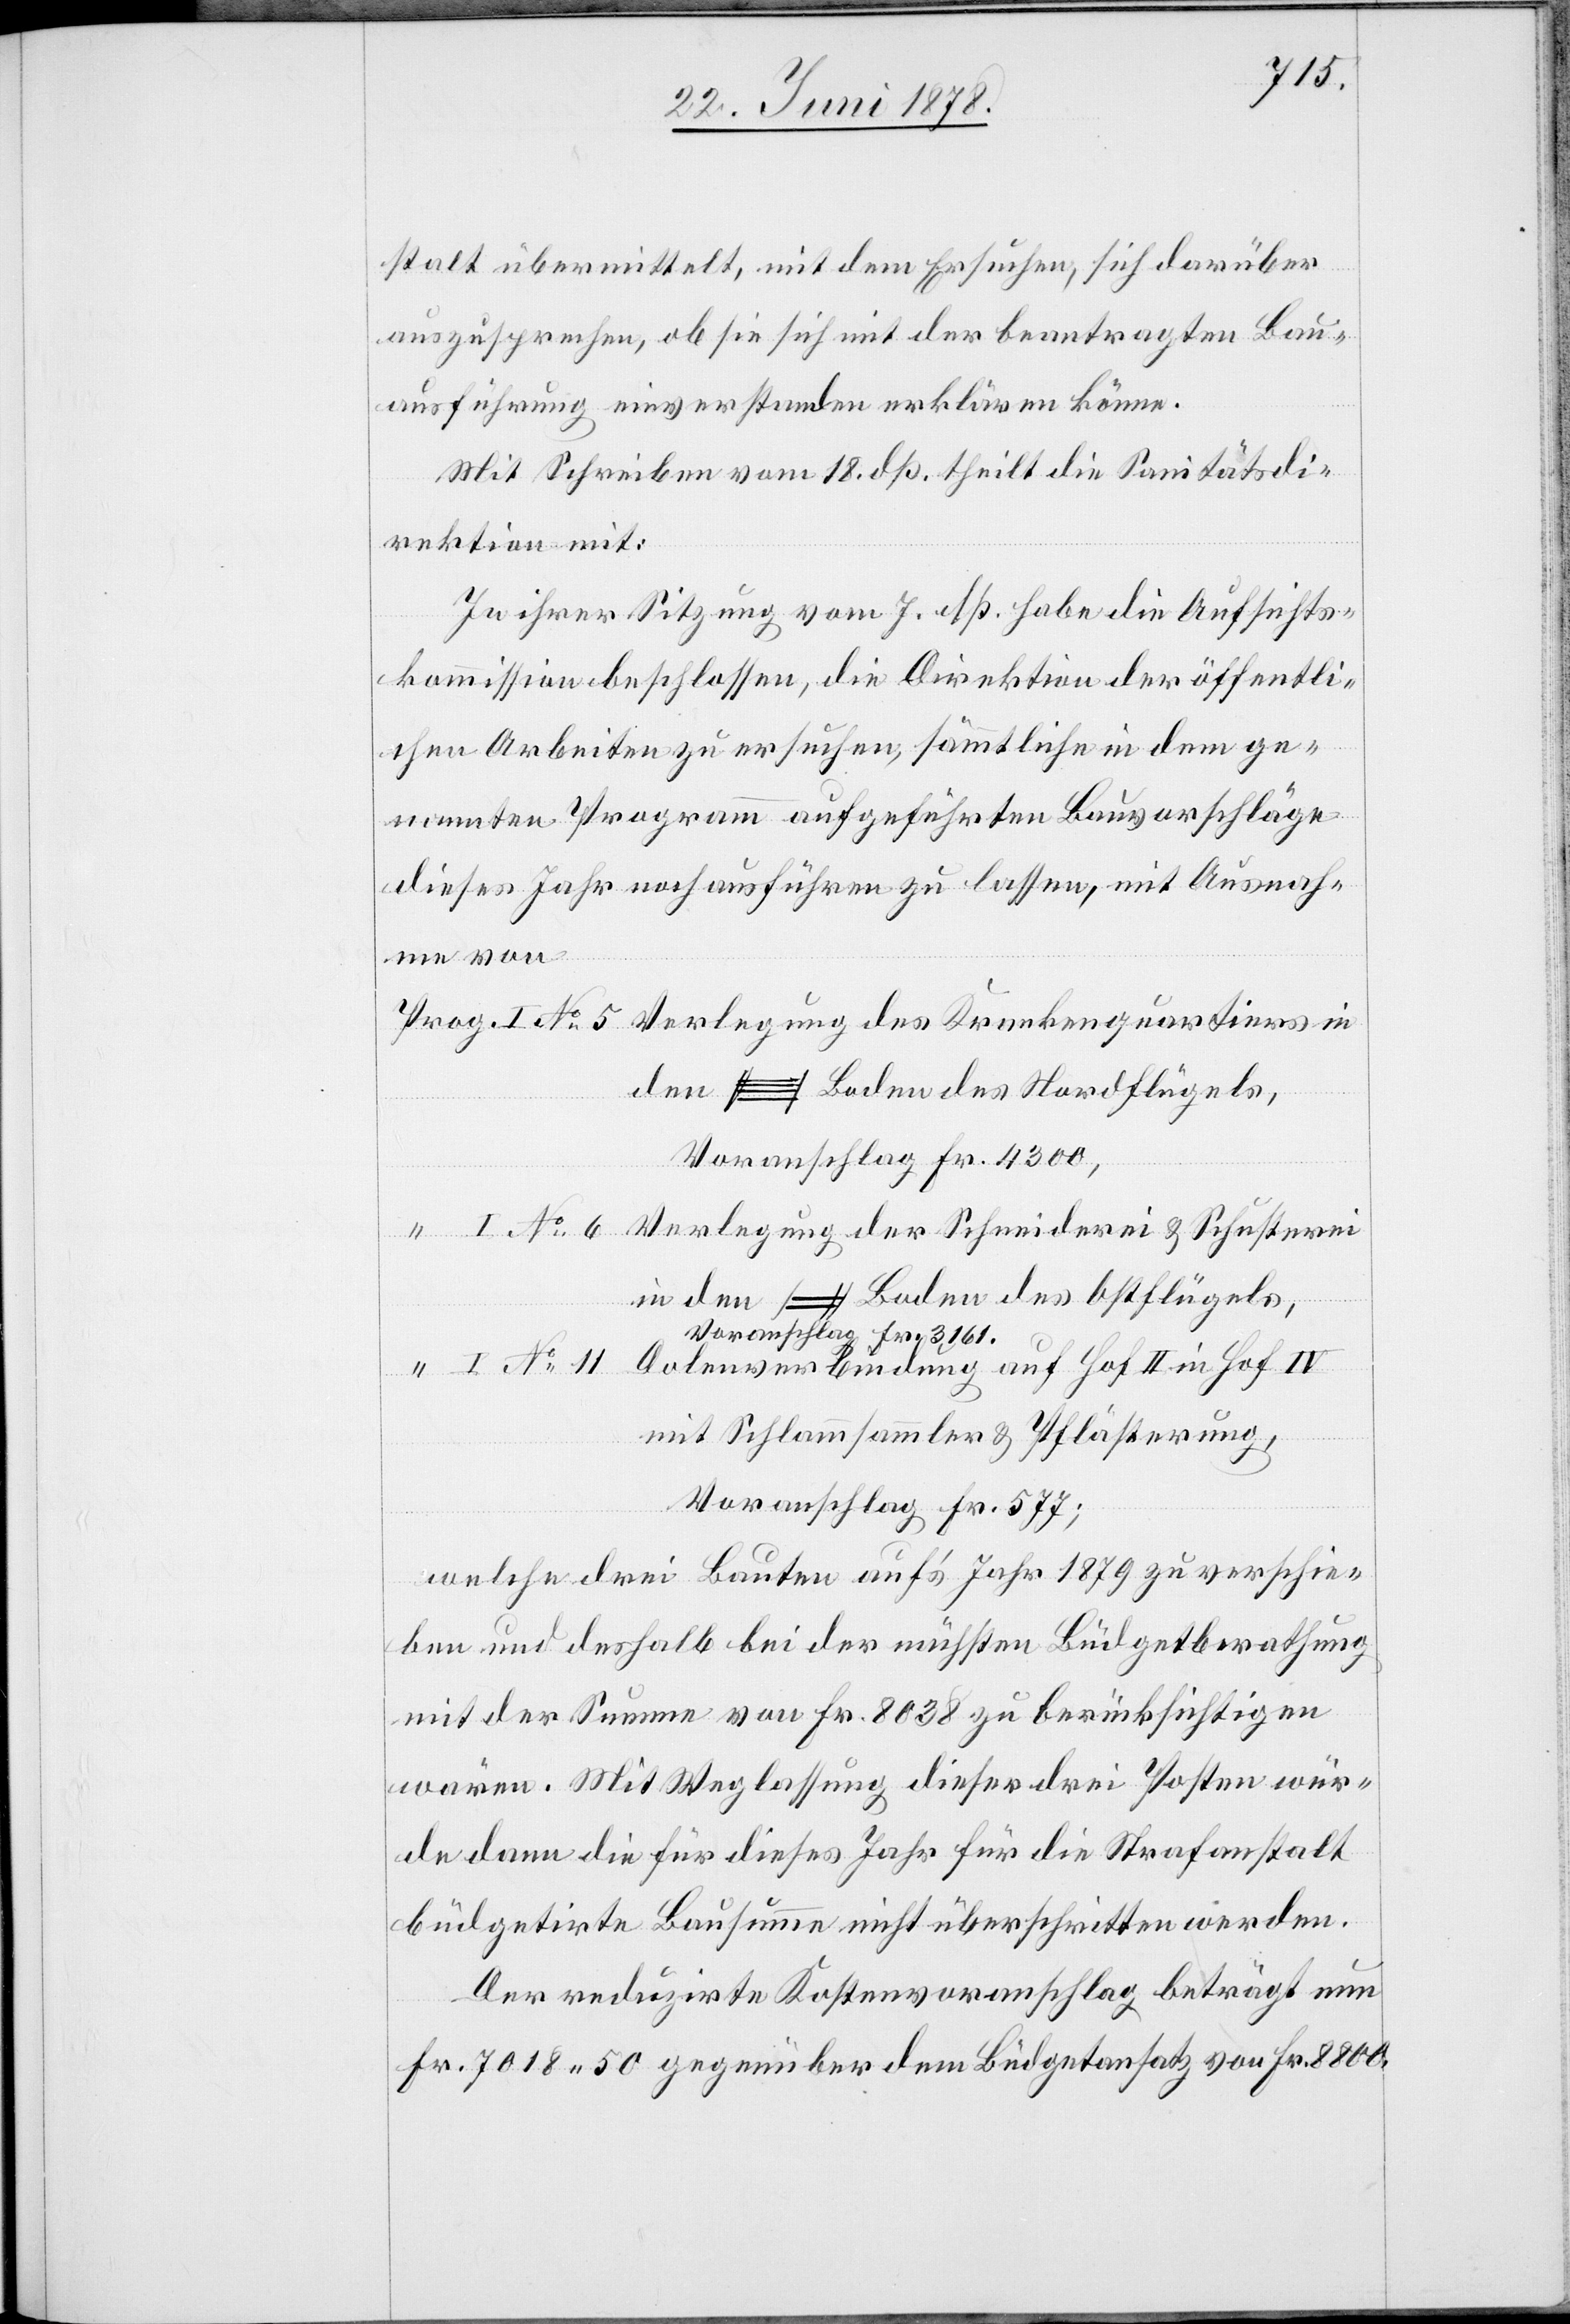
Prog.
stalt übermittelt, mit dem Ersuchen, sich darüber
auszusprechen, ob sie sich mit der beantragten Bau¬
ausführung einverstanden erklären könne.
Mit Schreiben vom 18. dß. theilt die Sanitätsdi¬
rektion mit:
In ihrer Sitzung vom 7. dß. habe die Aufsichts¬
kommission beschlossen, die Direktion der öffentli¬
der
chen Arbeiten zu ersuchen, sämmtliche in dem ge¬
nannten Programm aufgeführten Bauvorschläge
dieses Jahr noch ausführen zu lassen, mit Ausnah¬
me von
den [s. O.] Boden des Nordflügels,
Voranschlag Fr. 4300,
in den [s. O.] Boden des Ostflügels,
Voranschlag Fr. 3161.
Dolenverbindung auf Hof II in Hof IV
mit Schlammsammler & Pflästerung,
Voranschlag Fr. 577;
welche drei Bauten auf’s Jahr 1879 zu verschie¬
ben und deshalb bei der nächsten Büdgetberathung
mit der Summe von Fr. 8038 zu berücksichtigen
wären. Mit Weglassung dieser drei Posten wür¬
de dann die für dieses Jahr für die Strafanstalt
büdgetirte Bausumme nicht überschritten werden.
Der reduzirte Kostenvoranschlag beträgt nun
Fr. 7018. 50 gegenüber dem Büdgetansatz von Fr. 8800.